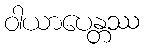
ဝါယာပေန္တဿ